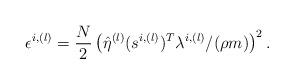
LaTeX: \begin{align*}\epsilon_{}^{i,(l)}=\frac{N}{2}\left(\hat{\eta}^{(l)}(s^{i,(l)})^T\lambda^{i,(l)}/(\rho m)\right)^2.\end{align*}